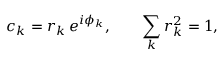
c _ { { k } } = r _ { k } \, e ^ { i \phi _ { k } } , \qquad \sum _ { k } r _ { k } ^ { 2 } = 1 ,